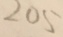
2 0 5